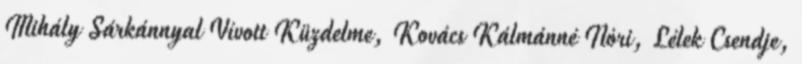
Mihály Sárkánnyal Vívott Küzdelme, Kovács Kálmánné Nóri, Lélek Csendje,